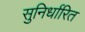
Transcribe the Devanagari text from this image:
सुनिर्धारित